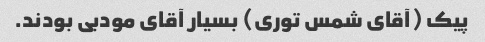
پیک (آقاى شمس تورى) بسیار آقاى مودبى بودند.